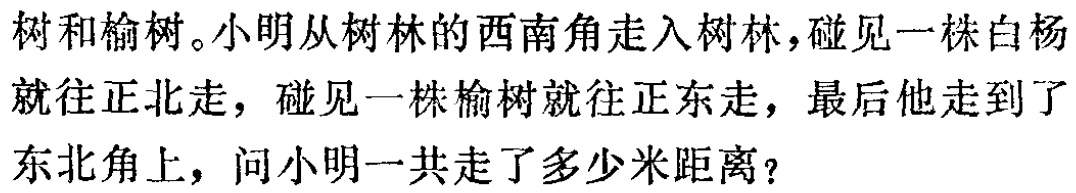
树和榆树。小明从树林的西南角走入树林，碰见一株白杨就往正北走，碰见一株榆树就往正东走，最后他走到了东北角上，问小明一共走了多少米距离？